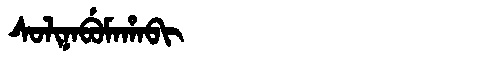
Manchu: ᠰᠣᠯᡳᠨᠠᠪᡠᠮᠠᡥᠠᠪᡳ
Romanization: SOLINABUMAHABI